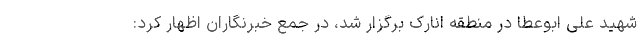
شهید علی ابوعطا در منطقه انارک برگزار شد، در جمع خبرنگاران اظهار کرد: